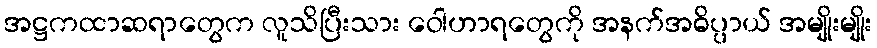
အဋ္ဌကထာဆရာတွေက လူသိပြီးသား ဝေါဟာရတွေကို အနက်အဓိပ္ပာယ် အမျိုးမျိုး